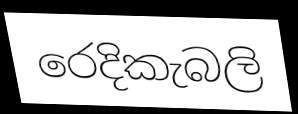
රෙදිකැබලි